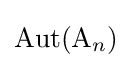
\operatorname {Aut} (\mathrm {A} _{n})